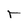
Character: r